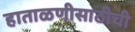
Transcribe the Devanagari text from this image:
हाताळणीसाठीची